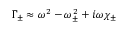
\Gamma _ { \pm } \approx \omega ^ { 2 } - \omega _ { \pm } ^ { 2 } + i \omega \chi _ { \pm }